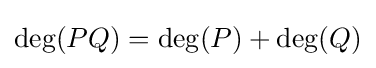
\deg(PQ)=\deg(P)+\deg(Q)